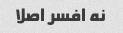
نه افسر اصلا